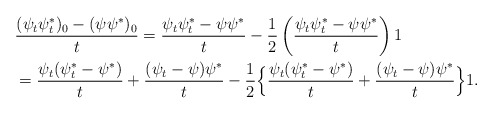
\begin{align*}&\frac{(\psi_t\psi^*_t)_0 -(\psi \psi^*)_0}{t} = \frac{\psi_t \psi^*_t - \psi \psi^*}{t} -\frac{1}{2} \left(\frac{\psi_t \psi^*_t - \psi \psi^*}{t}\right)1 \\& = \frac{\psi_t(\psi^*_t - \psi^*)}{t} + \frac{(\psi_t - \psi) \psi^*}{t} -\frac{1}{2} \Big\{ \frac{\psi_t(\psi^*_t -\psi^*)}{t} + \frac{(\psi_t -\psi)\psi^*}{t}\Big \}1.\end{align*}